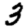
Digit: 3